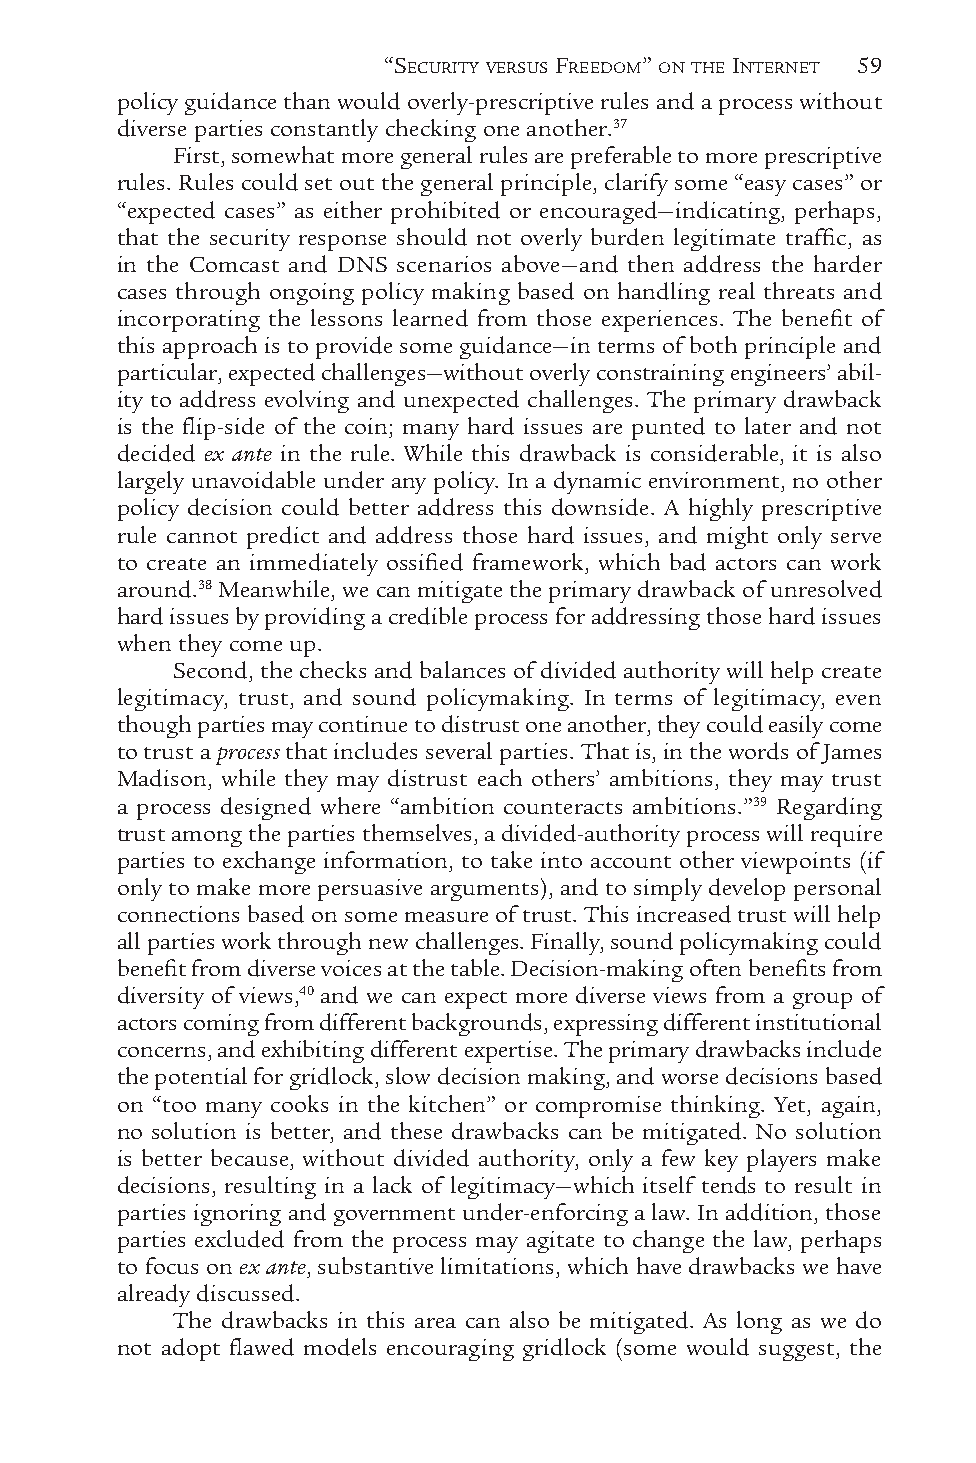
“SECURITY VERSUS FREEDOM” ON THE INTERNET 59
 policy guidance than would overly-prescriptive rules and a process without
 diverse parties constantly checking one another.37
 First, somewhat more general rules are preferable to more prescriptive
 rules. Rules could set out the general principle, clarify some “easy cases” or
 “expected cases” as either prohibited or encouraged—indicating, perhaps,
 that the security response should not overly burden legitimate traffic, as
 in the Comcast and DNS scenarios above—and then address the harder
 cases through ongoing policy making based on handling real threats and
 incorporating the lessons learned from those experiences. The benefit of
 this approach is to provide some guidance—in terms of both principle and
 particular, expected challenges—without overly constraining engineers’ abil-
 ity to address evolving and unexpected challenges. The primary drawback
 is the flip-side of the coin; many hard issues are punted to later and not
 decided ex ante in the rule. While this drawback is considerable, it is also
 largely unavoidable under any policy. In a dynamic environment, no other
 policy decision could better address this downside. A highly prescriptive
 rule cannot predict and address those hard issues, and might only serve
 to create an immediately ossified framework, which bad actors can work
 around.38 Meanwhile, we can mitigate the primary drawback of unresolved
 hard issues by providing a credible process for addressing those hard issues
 when they come up.
 Second, the checks and balances of divided authority will help create
 legitimacy, trust, and sound policymaking. In terms of legitimacy, even
 though parties may continue to distrust one another, they could easily come
 to trust a process that includes several parties. That is, in the words of James
 Madison, while they may distrust each others’ ambitions, they may trust
 a process designed where “ambition counteracts ambitions.”39 Regarding
 trust among the parties themselves, a divided-authority process will require
 parties to exchange information, to take into account other viewpoints (if
 only to make more persuasive arguments), and to simply develop personal
 connections based on some measure of trust. This increased trust will help
 all parties work through new challenges. Finally, sound policymaking could
 benefit from diverse voices at the table. Decision-making often benefits from
 diversity of views,40 and we can expect more diverse views from a group of
 actors coming from different backgrounds, expressing different institutional
 concerns, and exhibiting different expertise. The primary drawbacks include
 the potential for gridlock, slow decision making, and worse decisions based
 on “too many cooks in the kitchen” or compromise thinking. Yet, again,
 no solution is better, and these drawbacks can be mitigated. No solution
 is better because, without divided authority, only a few key players make
 decisions, resulting in a lack of legitimacy—which itself tends to result in
 parties ignoring and government under-enforcing a law. In addition, those
 parties excluded from the process may agitate to change the law, perhaps
 to focus on ex ante, substantive limitations, which have drawbacks we have
 already discussed.
 The drawbacks in this area can also be mitigated. As long as we do
 not adopt flawed models encouraging gridlock (some would suggest, the